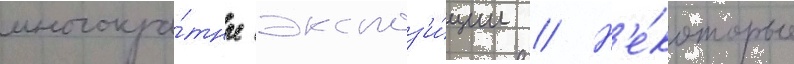
многокра́тные экспоз'и́ции // Н'е́которые